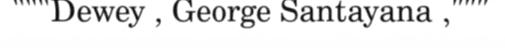
"""Dewey , George Santayana ,"""